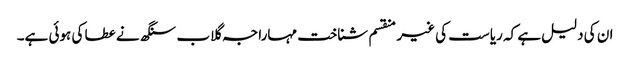
ان کی دلیل ہے کہ ریاست کی غیر منقسم شناخت مہاراجہ گلاب سنگھ نے عطا کی ہوئی ہے۔